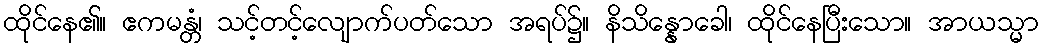
ထိုင်နေ၏။ ဧကမန္တံ၊ သင့်တင့်လျောက်ပတ်သော အရပ်၌။ နိသိန္နောခေါ၊ ထိုင်နေပြီးသော။ အာယသ္မာ